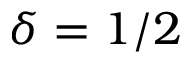
\delta = 1 / 2